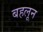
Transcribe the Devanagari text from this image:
बहलून